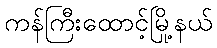
ကန်ကြီးထောင့်မြို့နယ်